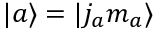
| a \rangle = | j _ { a } m _ { a } \rangle